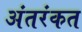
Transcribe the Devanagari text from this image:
अंतरंकत